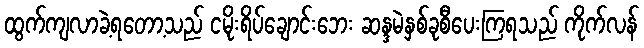
ထွက်ကျလာခဲ့ရတော့သည် ငမိုးရိပ်ချောင်းဘေး ဆန္ဒမဲနှစ်ခုစီပေးကြရသည် ကိုက်လန်